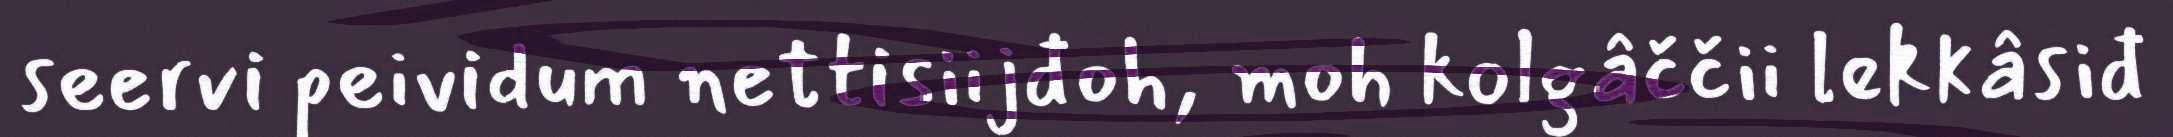
seervi peividum nettisiijđoh, moh kolgâččii lekkâsiđ